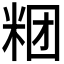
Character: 𰪶